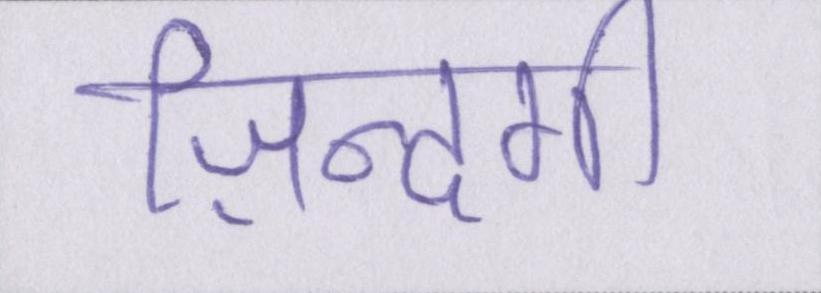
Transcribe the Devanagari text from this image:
ज़िन्दगी